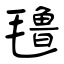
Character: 氇